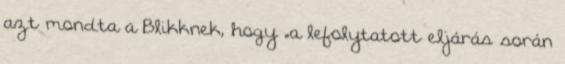
azt mondta a Blikknek, hogy „a lefolytatott eljárás során